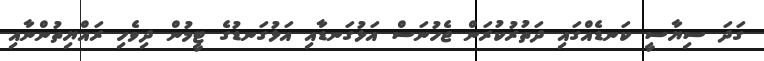
ގަދަ ސިޔާސީ ކަނޑެއްގައި ދަތުރުކުރަން ޖެހުނަސް އަޅުގަނޑާއި އަޅުގަނޑުގެ ޓީމުން ދިވެހި ރައްޔިތުންނާއި